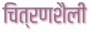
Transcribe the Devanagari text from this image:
चित्रणशैली